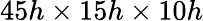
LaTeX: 45h\times 15h\times 10h